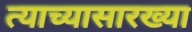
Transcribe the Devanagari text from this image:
त्याच्यासारख्या